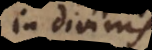
in divinis